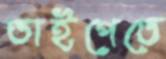
তাইপেতে